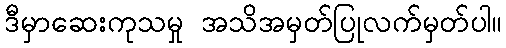
ဒီမှာဆေးကုသမှု အသိအမှတ်ပြုလက်မှတ်ပါ။